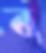
ব